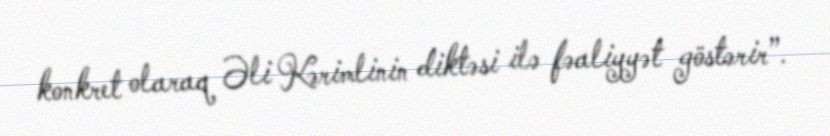
konkret olaraq Əli Kərimlinin diktəsi ilə fəaliyyət göstərir”.